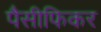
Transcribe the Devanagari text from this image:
पैसीफिकर